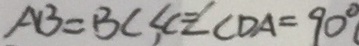
A B = B C , \angle C = C \angle C D A = 9 0 ^ { \circ }